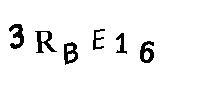
3RBE16